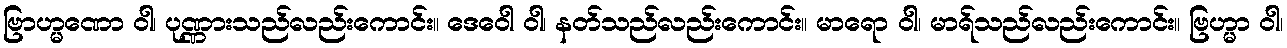
ဗြာဟ္မဏော ဝါ၊ ပုဏ္ဏားသည်လည်းကောင်း။ ဒေဝေါ ဝါ၊ နတ်သည်လည်းကောင်း။ မာရော ဝါ၊ မာရ်သည်လည်းကောင်း။ ဗြဟ္မာ ဝါ၊